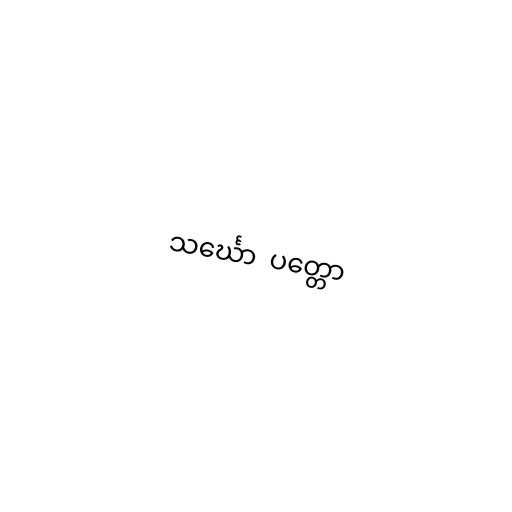
သင်္ဃော  ပတ္တော